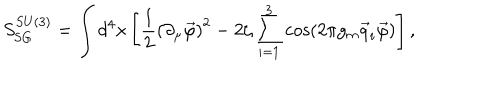
S _ { \mathrm { S G } } ^ { S U ( 3 ) } = \int d ^ { 4 } x \left[ \frac 1 2 \left( \partial _ { \mu } \vec { \varphi } \right) ^ { 2 } - 2 \zeta \sum _ { i = 1 } ^ { 3 } \cos \left( 2 \pi g _ { m } \vec { q } _ { i } \vec { \varphi } \right) \right] ,